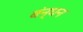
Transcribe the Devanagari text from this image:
बंन्घन